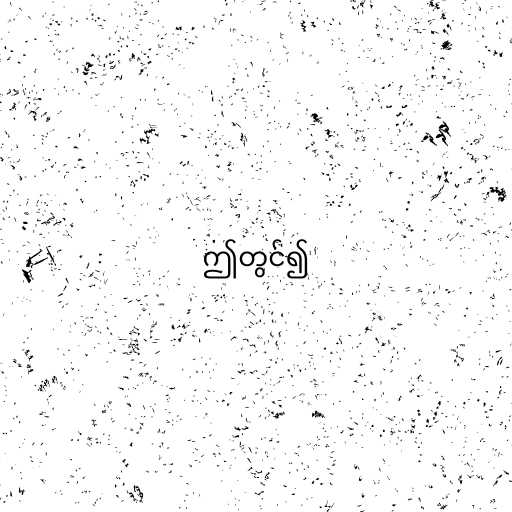
ဤတွင်၍